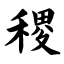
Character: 稷